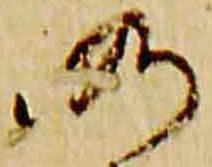
仍